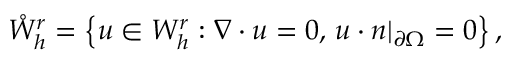
\mathring { W } _ { h } ^ { r } = \left\{ u \in W _ { h } ^ { r } : \nabla \cdot u = 0 , \, u \cdot n | _ { \partial \Omega } = 0 \right\} ,